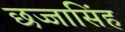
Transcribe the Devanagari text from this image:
छज्जासिंह